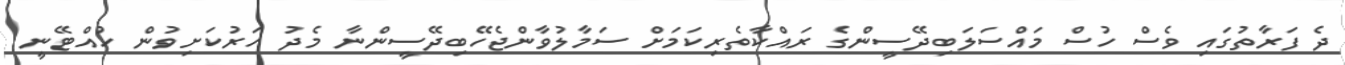
ދެ ފަރާތުގައި ވެސް ހުސް މައްސަލަބިދޭސީންގެ ރައްކާތެރިކަމަށް ސަމާލުވާންޖެހޭބިދޭސީންނާ މެދު ހަރުކަށިވުން ހުއްޓޭނީ